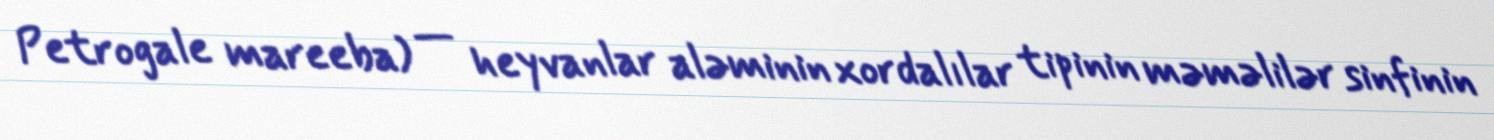
Petrogale mareeba) — heyvanlar aləminin xordalılar tipinin məməlilər sinfinin